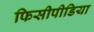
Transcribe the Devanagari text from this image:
फिसीपीडिया